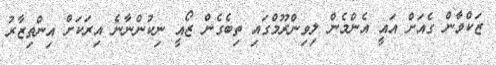
ޒަކްވާން ގެއަށް އައީ އެންމެން ލިވިންރޫމްގައި ތިބެގެން ޒޯއީ ނިކުންނާނެ އިރަކަށް އިންތިޒާރު